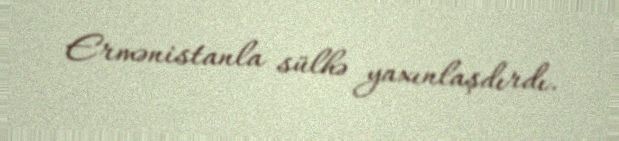
Ermənistanla sülhə yaxınlaşdırdı.